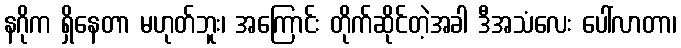
နဂိုက ရှိနေတာ မဟုတ်ဘူး၊ အကြောင်း တိုက်ဆိုင်တဲ့အခါ ဒီအသံလေး ပေါ်လာတာ၊